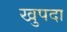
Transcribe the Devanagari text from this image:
खुपदा